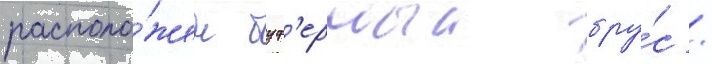
располо́жен буф'ерныи бру́с /